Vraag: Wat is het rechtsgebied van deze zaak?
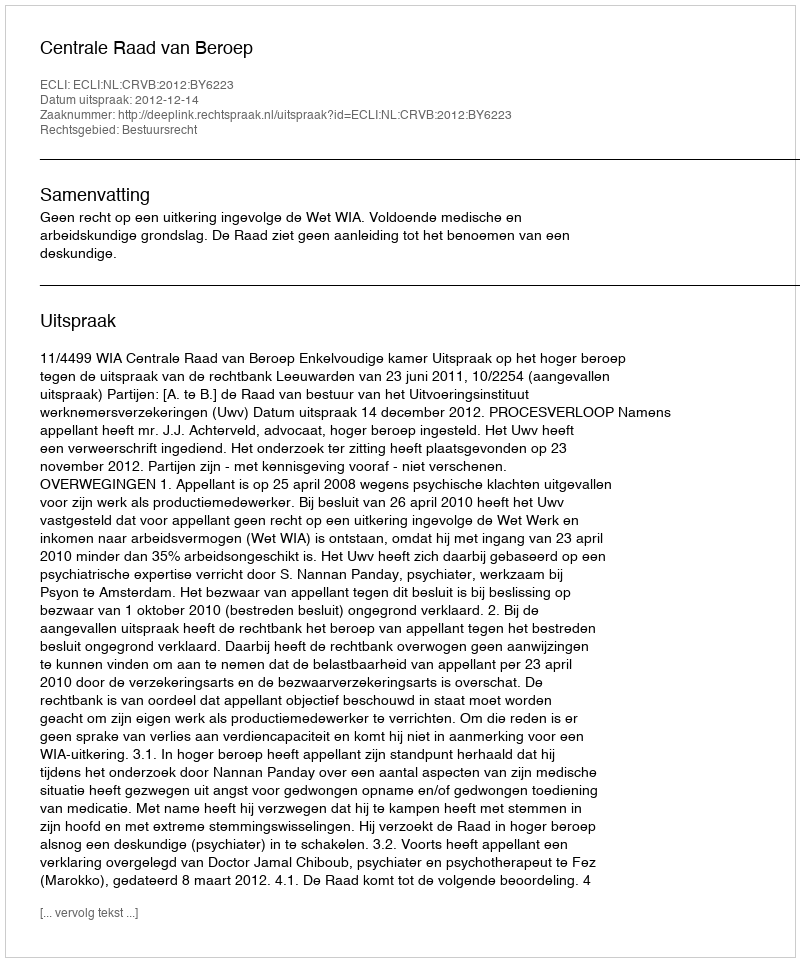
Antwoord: Bestuursrecht